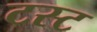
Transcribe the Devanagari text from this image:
टस्ट